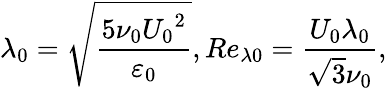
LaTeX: {{\lambda}_{0}}=\sqrt{\frac{5{{\nu}_{0}}{{U}_{0}}^{2}}{{{\varepsilon}_{0}}}},R{{e}_{\lambda 0}}=\frac{{{U}_{0}}{{\lambda}_{0}}}{\sqrt{3}{{\nu}_{0}}},